Civil Veterinary Department Bihar & Orissa reports 1922-29 - 1922-1929
Year: 1922
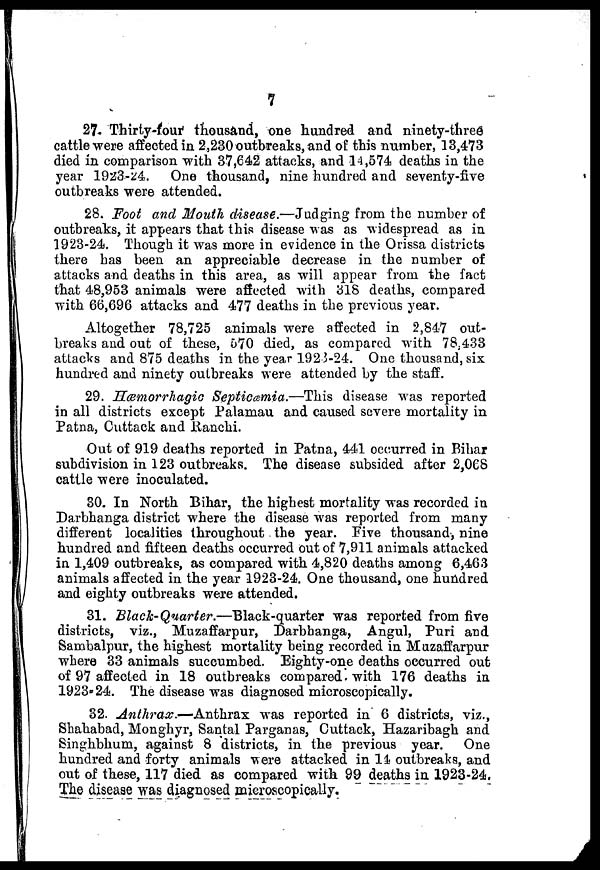
7
27. Thirty-four thousand, one hundred and ninety-three
cattle were affected in 2,230 outbreaks, and of this number, 13,473
died in comparison with 37,642 attacks, and 14,574 deaths in the
year 1923-24. One thousand, nine hundred and seventy-five
outbreaks were attended.
28. Foot and Mouth disease.—Judging from the number of
outbreaks, it appears that this disease was as widespread as in
1923-24. Though it was more in evidence in the Orissa districts
there has been an appreciable decrease in the number of
attacks and deaths in this area, as will appear from the fact
that 48,953 animals were affected with 318 deaths, compared
with 66,696 attacks and 477 deaths in the previous year.
Altogether 78,725 animals were affected in 2,847 out-
breaks and out of these, 570 died, as compared with 78.433
attacks and 875 deaths in the year 192 5-24. One thousand, six
hundred and ninety outbreaks were attended by the staff.
29. Hemorrhagic Septicæmia.—This disease was reported
in all districts except Palamau and caused severe mortality in
Patna, Cuttack and Ranchi.
Out of 919 deaths reported in Patna, 441 occurred in Bihar
subdivision in 123 outbreaks. The disease subsided after 2,068
cattle were inoculated.
30. In North Bihar, the highest mortality was recorded in
Darbhanga district where the disease was reported from many
different localities throughout the year. Five thousand, nine
hundred and fifteen deaths occurred out of 7,911 animals attacked
in 1,409 outbreaks, as compared with 4,820 deaths among 6,463
animals affected in the year 1923-24. One thousand, one hundred
and eighty outbreaks were attended.
31. Black-Quarter.—Black-quarter
was reported from five
districts, viz., Muzaffarpur, Darbhanga, Angul, Puri and
Sambalpur, the highest mortality being recorded in Muzaffarpur
where 33 animals succumbed. Eighty-one deaths occurred out
of 97 affected in 18 outbreaks compared, with 176 deaths in
1923-24. The disease was diagnosed microscopically.
32. Anthrax.—Anthrax
was reported in 6 districts, viz.,
Shahabad, Monghyr, Santal Parganas, Cuttack, Hazaribagh and
Singhbhum, against 8 districts, in the previous year. One
hundred and forty animals were attacked in 14 outbreaks, and
out of these, 117 died as compared with 99 deaths in 1923-24.
The disease was diagnosed microscopically.